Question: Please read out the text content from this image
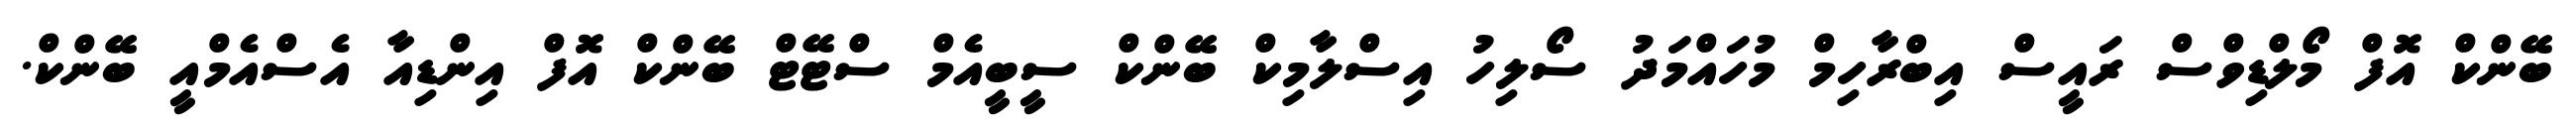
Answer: ބޭންކް އޮފް މޯލްޑިވްސް ރައީސް އިބްރާހިމް މުހައްމަދު ސޯލިހު އިސްލާމިކް ބޭންކް ސީބީއެމް ސްޓޭޓް ބޭންކް އޮފް އިންޑިއާ އެސްއެމްއީ ބޭންކް.